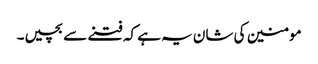
مومنین کی شان یہ ہے کہ فتنے سے بچیں۔